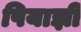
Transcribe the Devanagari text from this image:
पियाझी